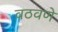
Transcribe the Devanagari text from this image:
वठवणे